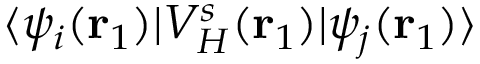
\langle \psi _ { i } ( \mathbf { r } _ { 1 } ) | V _ { H } ^ { s } ( \mathbf { r } _ { 1 } ) | \psi _ { j } ( \mathbf { r } _ { 1 } ) \rangle